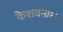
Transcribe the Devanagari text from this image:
केशवनाथ